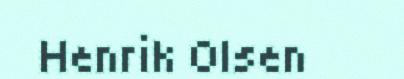
Henrik Olsen